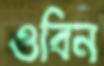
ওবিন